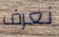
نعرف